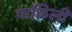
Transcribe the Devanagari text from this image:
पाळिली